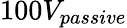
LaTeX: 100V_{passive}